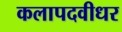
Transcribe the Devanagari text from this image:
कलापदवीधर